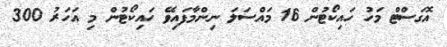
އޮގަސްޓް މަހު ހައިކޯޓުން 16 މައްސަލަ ނިންމާފައިވޭ ހައިކޯޓުން މި އަހަރު 300